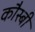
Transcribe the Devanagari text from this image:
कौस्बी